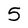
Character: 5